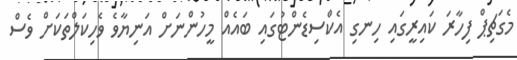
މެގަޗިޕް ފިހާރަ ކައިރީގައި ހިނގި އެކްސިޑެންޓުގައި ބައެއް މީހުންނަށް އަނިޔާވެ ވެހިކަލްތަކަށް ވެސް